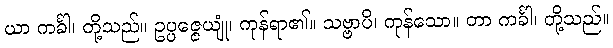
ယာ ကင်္ခါ၊ တို့သည်။ ဥပ္ပဇ္ဇေယျုံ၊ ကုန်ရာ၏။ သဗ္ဗာပိ၊ ကုန်သော။ တာ ကင်္ခါ၊ တို့သည်။